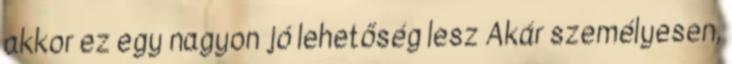
akkor ez egy nagyon jó lehetőség lesz Akár személyesen,